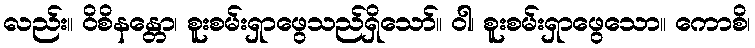
လည်း။ ဝိစိနန္တော၊ စူးစမ်းရှာဖွေသည်ရှိသော်။ ဝါ၊ စူးစမ်းရှာဖွေသော။ ကောစိ၊